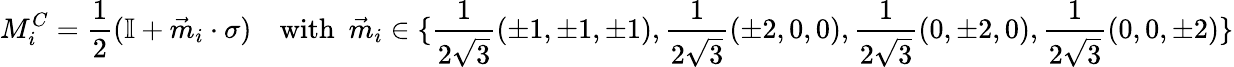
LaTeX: {M}_{i}^{C}=\frac{1}{2}(\mathbb{I}+\vec{m}_{i}\cdot\sigma)~~~~\mathrm{with}~~\vec{m}_{i}\in\{ \frac{1}{2\sqrt{3}}(\pm 1,\pm 1,\pm 1),\frac{1}{2\sqrt{3}}(\pm 2,0,0),\frac{1}{2\sqrt{3}}(0,\pm 2,0),\frac{1}{2\sqrt{3}}(0,0,\pm 2)\}